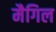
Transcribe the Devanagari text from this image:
मैगिल